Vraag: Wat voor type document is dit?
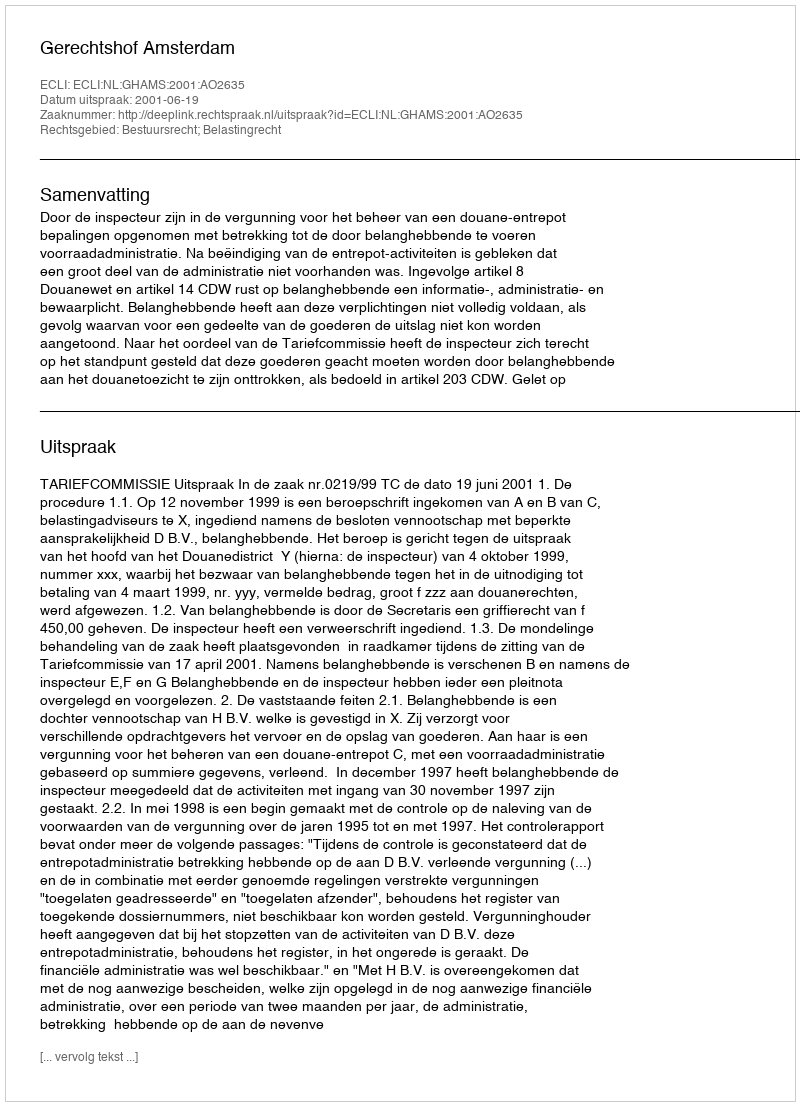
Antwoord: Uitspraak